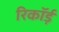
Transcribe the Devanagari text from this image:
रिकॉर्ड़